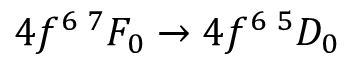
4 f ^ { 6 } \, { } ^ { 7 } F _ { 0 } \to 4 f ^ { 6 } \, { } ^ { 5 } D _ { 0 }